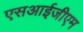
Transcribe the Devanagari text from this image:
एसआईजीएम